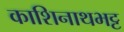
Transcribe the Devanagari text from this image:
काशिनाथभट्ट